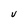
Character: V